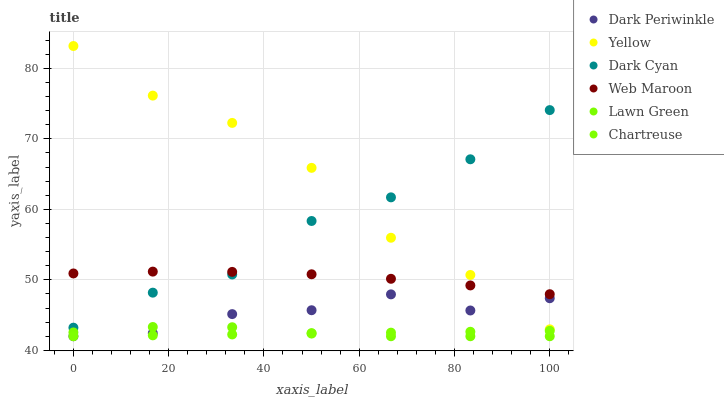
| xaxis_label | Dark Periwinkle | Yellow | Dark Cyan | Web Maroon | Lawn Green | Chartreuse |
 | --- | --- | --- | --- | --- | --- | --- |
 | 0 | 42 | 83.2 | 43.2 | 50.9 | 42.5 | 42 |
 | 16.7 | 42.4 | 76.1 | 48.2 | 51.2 | 43.3 | 42.1 |
 | 33.3 | 45.1 | 72.3 | 50.8 | 51.1 | 43.3 | 42.3 |
 | 50 | 45.7 | 65.9 | 58.3 | 50.8 | 42.4 | 42.4 |
 | 66.7 | 47.9 | 56 | 61.7 | 50.1 | 42 | 42.5 |
 | 83.3 | 45.7 | 50.7 | 67.1 | 49.2 | 42 | 42.6 |
 | 100 | 47.4 | 43 | 74.1 | 48 | 42 | 42.8 |